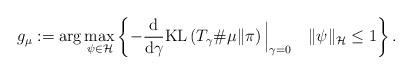
LaTeX: \begin{align*} g_\mu := \arg\max_{\psi \in \mathcal{H}}\left\{- \frac{\mathrm{d}}{\mathrm{d} \gamma} \mathrm{KL}\left(T_{\gamma}{\#} \mu \| \pi \right)\Big|_{\gamma=0} \quad\|\psi\|_{\mathcal{H}} \leq 1\right\} . \end{align*}